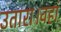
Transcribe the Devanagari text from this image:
उतारा।वहां